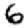
Digit: 6